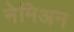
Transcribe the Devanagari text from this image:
नेमिअन